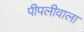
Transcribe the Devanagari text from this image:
पीपलीवाला